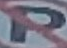
P